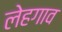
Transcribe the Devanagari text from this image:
लेहगाव